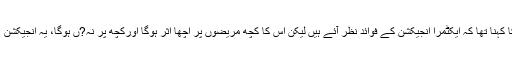
ا?رتھرائٹس (جوڑوں کے درد) میں استعمال کیے جانے والے انجیکشن کے حوالے سے ان کا کہنا تھا کہ ایکٹمرا انجیکشن کے فوائد نظر آئے ہیں لیکن اس کا کچھ مریضوں پر اچھا اثر ہوگا اورکچھ پر نہ?ں ہوگا، یہ انجیکشن لائف سیونگ نہیں ہے، انجیکشن بلیک میں بیچنیکے لیے اسٹاک کرنے کی اطلاعات بھی ہیں۔